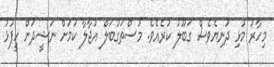
މިހާރު މުޅި ދުނިޔެވެސް ގަބޫލު ކުރެއެވެ. މުސްތަގުބަލް އުޖާލާ ކަމަށް ނަޝީދަށް ހީފުޅު